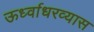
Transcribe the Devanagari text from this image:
ऊर्ध्वाधरव्यास